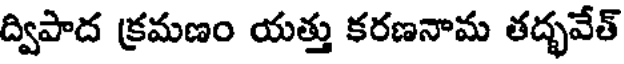
ద్విపాద క్రమణం యత్తు కరణనామ తద్భవేత్